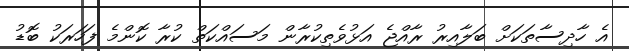
އެ ހާދިސާތަކަށް ބަލާއިރު ރާއްޖެ އަޅުވެތިކުރާން މަސައްކަތް ކުރާ ކޮންމެ ފަހަރަކު ބޮޑު